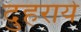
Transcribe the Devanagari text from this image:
दुहराये